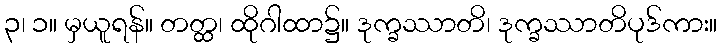
၃၊ ၁။ မှယူရန်။ တတ္ထ၊ ထိုဂါထာ၌။ ဒုက္ခဿာတိ၊ ဒုက္ခဿာတိပုဒ်ကား။